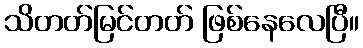
သိတတ်မြင်တတ် ဖြစ်နေလေပြီ။